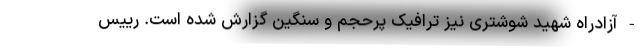
- آزادراه شهید شوشتری نیز ترافیک پرحجم و سنگین گزارش شده است. رییس